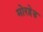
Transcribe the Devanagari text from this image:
मोरहेड